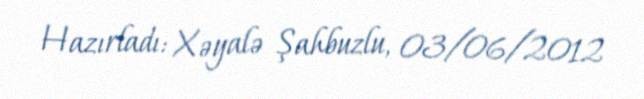
Hazırladı: Xəyalə Şahbuzlu, 03/06/2012